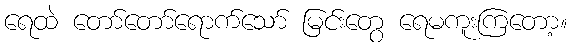
ရေထဲ တော်တော်ရောက်သော် မြင်းတွေ ရေမကူးကြတော့။